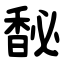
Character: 馝